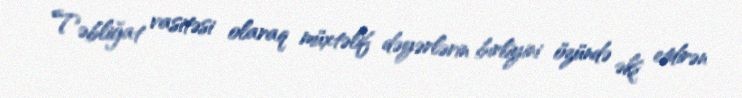
Təbliğat vasitəsi olaraq müxtəlif dəyərlərin birliyini özündə əks etdirən